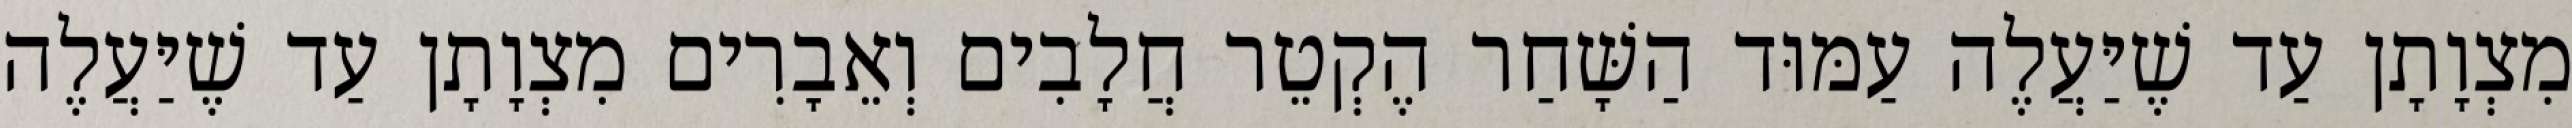
מִצְוָתָן עַד שֶׁיַּעֲלֶה עַמּוּד הַשָּׁחַר הֶקְטֵר חֲלָבִים וְאֵבָרִים מִצְוָתָן עַד שֶׁיַּעֲלֶה